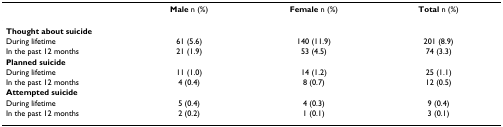
|  | Male n (%) | Female n (%) | Total n (%) |
 | --- | --- | --- | --- |
 | Thought about suicide |  |  |  |
 | During lifetime | 61 (5.6) | 140 (11.9) | 201 (8.9) |
 | In the past 12 months | 21 (1.9) | 53 (4.5) | 74 (3.3) |
 | Planned suicide |  |  |  |
 | During lifetime | 11 (1.0) | 14 (1.2) | 25 (1.1) |
 | In the past 12 months | 4 (0.4) | 8 (0.7) | 12 (0.5) |
 | Attempted suicide |  |  |  |
 | During lifetime | 5 (0.4) | 4 (0.3) | 9 (0.4) |
 | In the past 12 months | 2 (0.2) | 1 (0.1) | 3 (0.1) |